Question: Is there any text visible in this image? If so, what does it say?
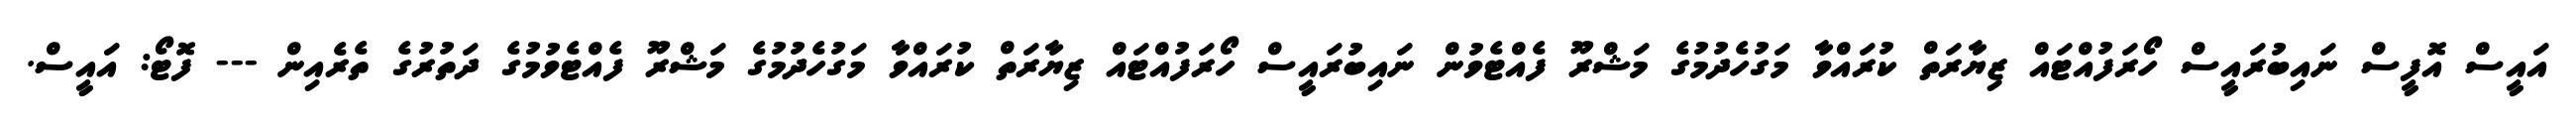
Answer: އައީސް އޮފީސް ނައިބުރައީސް ހޯރަފުއްޓައް ޒިޔާރަތް ކުރައްވާ މަގުހެދުމުގެ މަޝްރޫ ފެއްޓެވުން ނައިބުރައީސް ހޯރަފުއްޓައް ޒިޔާރަތް ކުރައްވާ މަގުހެދުމުގެ މަޝްރޫ ފެއްޓެވުމުގެ ދަތުރުގެ ތެރެއިން --- ފޮޓޯ: އައީސް.